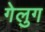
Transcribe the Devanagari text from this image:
गेलुग